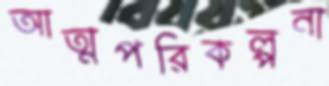
আত্মপরিকল্পনা